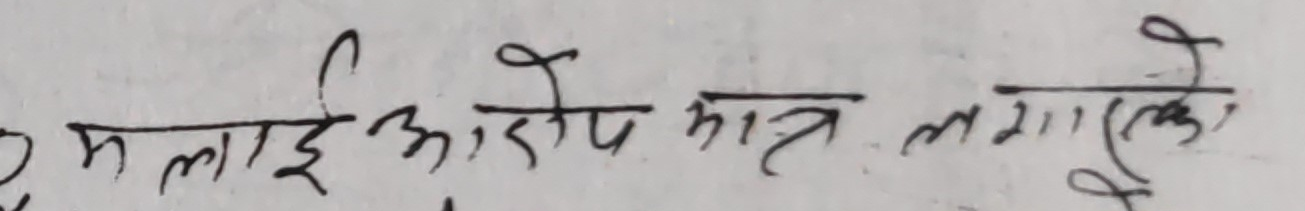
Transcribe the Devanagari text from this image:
म लाई आरोप मात्र लगाएको